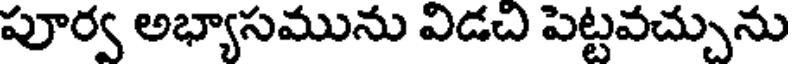
పూర్వ అభ్యాసమును విడచి పెట్టవచ్చును